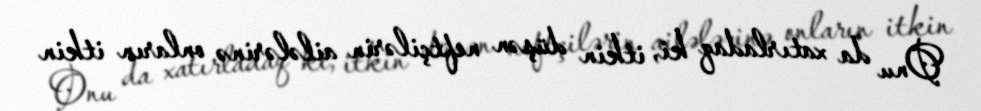
Onu da xatırladaq ki, itkin düşən neftçilərin ailələrinə onların itkin